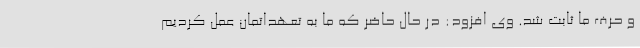
و حرف ما ثابت شد. وی افزود: در حال حاضر که ما به تعهداتمان عمل کردیم